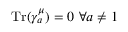
{ \mathrm { T r } } ( \gamma _ { a } ^ { \mu } ) = 0 ~ \forall a \not = 1